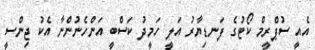
އެއީ ސުޕްރީމް ކޯޓުގެ ފަނޑިޔާރު އަލީ ހަމީދު ކަސްބީ އަންހެނުންނާ އެކު ޖިންސީ